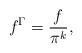
LaTeX: \begin{align*}f^{\Gamma}=\dfrac{f}{\pi^{k}},\end{align*}